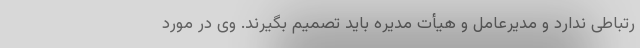
رتباطی ندارد و مدیرعامل و هیأت مدیره باید تصمیم بگیرند. وی در مورد